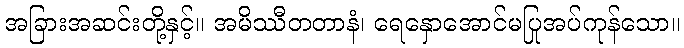
အခြားအဆင်းတို့နှင့်။ အမိဿီတတာနံ၊ ရေနှောအောင်မပြုအပ်ကုန်သော။